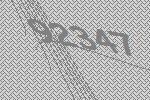
92347